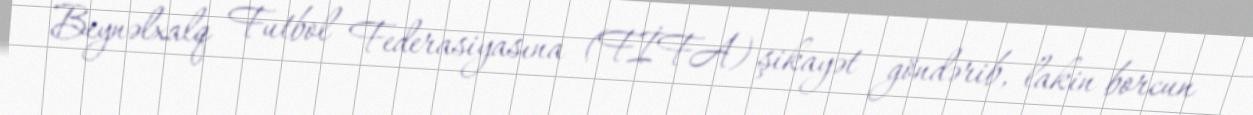
Beynəlxalq Futbol Federasiyasına (FİFA) şikayət göndərib, lakin borcun